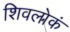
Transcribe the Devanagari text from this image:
शिवलोकं